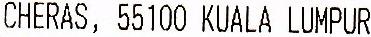
CHERAS, 55100 KUALA LUMPUR